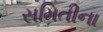
સમિતીના